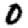
Digit: 0